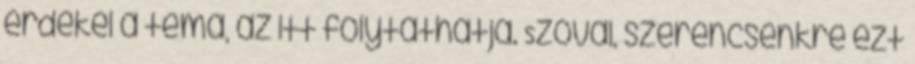
érdekel a téma, az itt folytathatja. Szóval, szerencsénkre ezt